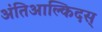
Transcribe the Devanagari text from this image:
अंतिआल्किदस्